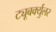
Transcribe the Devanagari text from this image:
ट्यूबर्क्युलर